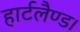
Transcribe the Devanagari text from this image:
हार्टलैण्ड।